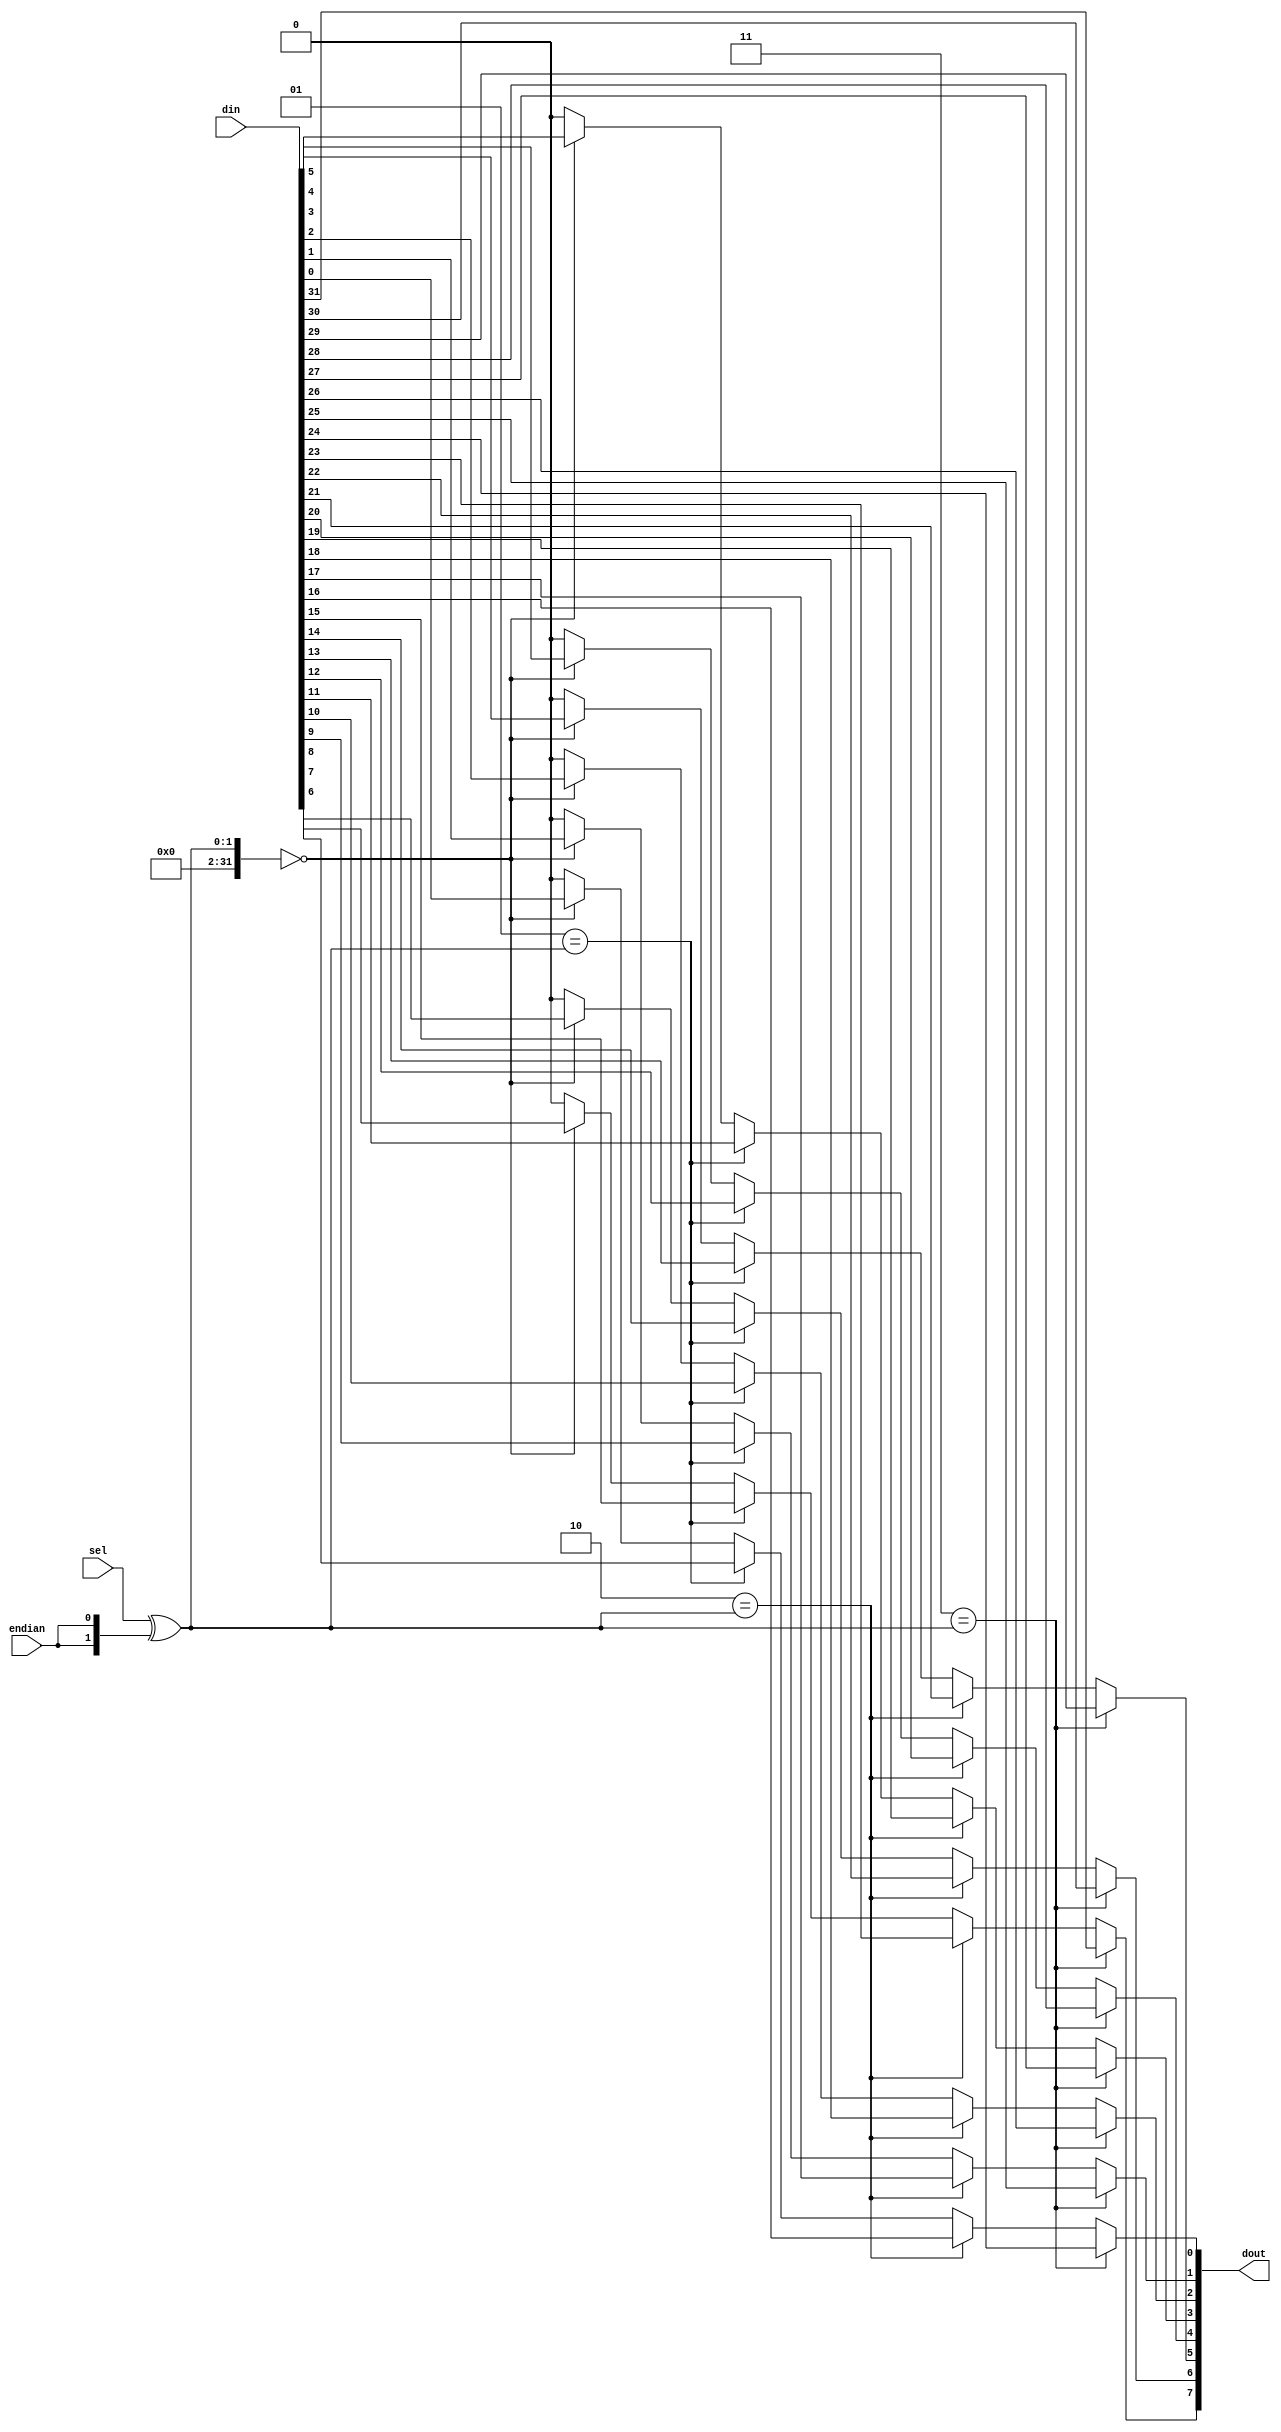
// This program was cloned from: https://github.com/ryuz/jelly
// License: MIT License

// ---------------------------------------------------------------------------
//  Jelly  -- The platform for real-time computing
//
//                                 Copyright (C) 2008-2020 by Ryuz
//                                 https://github.com/ryuz/jelly.git
// ---------------------------------------------------------------------------



`timescale 1ns / 1ps
`default_nettype none



// multiplexer
module jelly_multiplexer
        #(
            parameter   SEL_WIDTH = 2,
            parameter   NUM       = (1 << SEL_WIDTH),
            parameter   OUT_WIDTH = 8,
            parameter   IN_WIDTH  = (OUT_WIDTH * NUM),
            
            parameter   SEL_BITS  = SEL_WIDTH > 0 ? SEL_WIDTH : 1
        )
        (
            input   wire                        endian,
            input   wire    [SEL_BITS-1:0]      sel,
            input   wire    [IN_WIDTH-1:0]      din,
            output  wire    [OUT_WIDTH-1:0]     dout
        );
    
    // verilator lint_off WIDTH
    generate
    if ( SEL_WIDTH > 0 ) begin
        reg     [OUT_WIDTH-1:0]     sig_dout;
        
        integer i;
        integer j;
        always @* begin
            sig_dout = {OUT_WIDTH{1'b0}};
            for ( i = 0; i < NUM; i = i + 1 ) begin
                if ( i == (sel ^ {SEL_WIDTH{endian}}) ) begin
                    for ( j = 0; j < OUT_WIDTH; j = j + 1 ) begin
                        sig_dout[j] = din[OUT_WIDTH*i + j];
                    end
                end
            end
        end
        
        assign dout = sig_dout;
    end
    else begin
        assign dout = din;
    end
    endgenerate
    // verilator lint_on WIDTH
    
endmodule



`default_nettype wire


// end of file